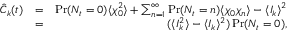
\begin{array} { r l r } { \hat { C } _ { k } ( t ) } & { = } & { \operatorname* { P r } ( N _ { t } = 0 ) \langle \chi _ { 0 } ^ { 2 } \rangle + \sum _ { n = 1 } ^ { \infty } \operatorname* { P r } ( N _ { t } = n ) \langle \chi _ { 0 } \chi _ { n } \rangle - \langle I _ { k } \rangle ^ { 2 } } \\ & { = } & { ( \langle I _ { k } ^ { 2 } \rangle - \langle I _ { k } \rangle ^ { 2 } ) \operatorname* { P r } ( N _ { t } = 0 ) , } \end{array}